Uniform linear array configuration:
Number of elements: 48
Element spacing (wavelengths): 0.5
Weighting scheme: binomial
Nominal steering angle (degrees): -45
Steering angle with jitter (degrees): -45.992
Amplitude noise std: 0.05
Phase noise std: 0.05

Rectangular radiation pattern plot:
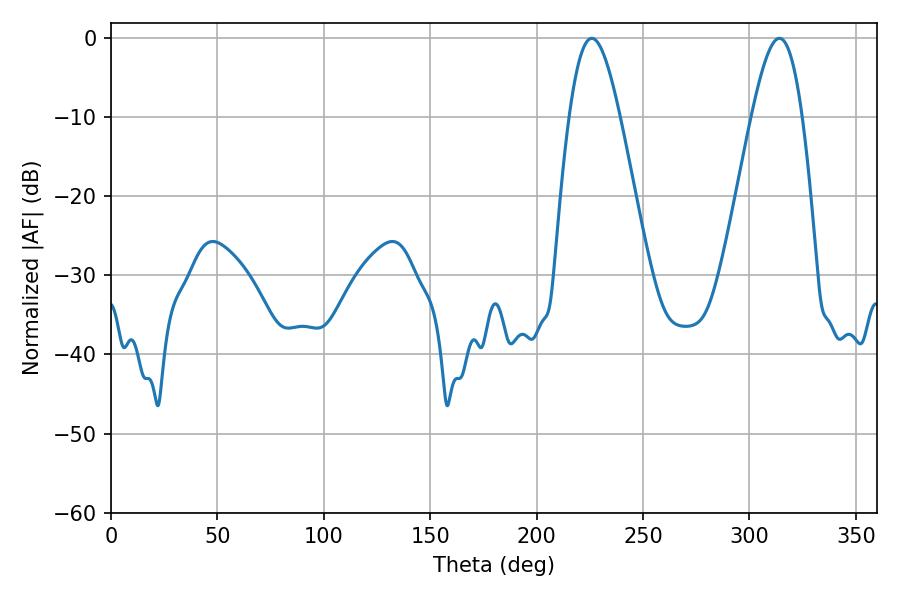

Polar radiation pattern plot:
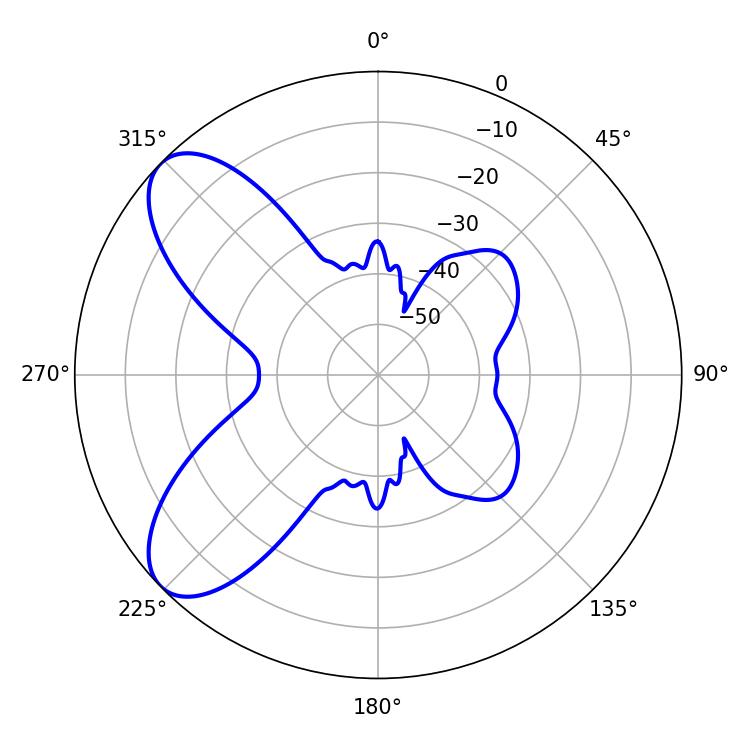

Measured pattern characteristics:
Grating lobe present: FALSE
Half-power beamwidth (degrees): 12.78
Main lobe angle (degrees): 225.9